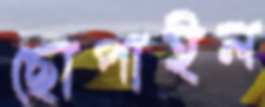
ছোপাইল